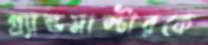
গ্র্যান্ডমাস্টারকে